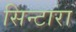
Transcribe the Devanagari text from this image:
सिन्टारा